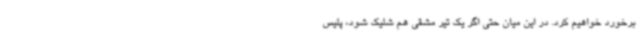
برخورد خواهیم کرد. در این میان حتی اگر یک تیر مشقی هم شلیک شود، پلیس